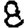
Digit: 8